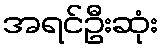
အရင်ဦးဆုံး